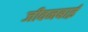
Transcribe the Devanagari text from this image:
जीवनबाई